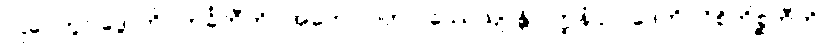
“ဌပေတွာ ဒွေ”တိ။ ကင်္ခတီတိ “အဟော ဝတ ပဿေယျ”န္တိ ပတ္ထနံ ဥပ္ပါဒေတိ။ ဝိစိကိစ္ဆတီတိ